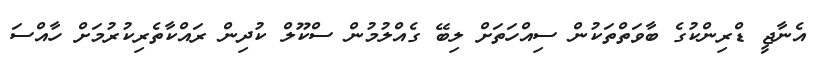
އެނާޖީ ޑްރިންކުގެ ބާވަތްތަކުން ސިއްހަތަށް ލިބޭ ގެއްލުމުން ސްކޫލް ކުދިން ރައްކާތެރިކުރުމަށް ހާއްސަ